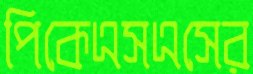
পিকেএসএসের